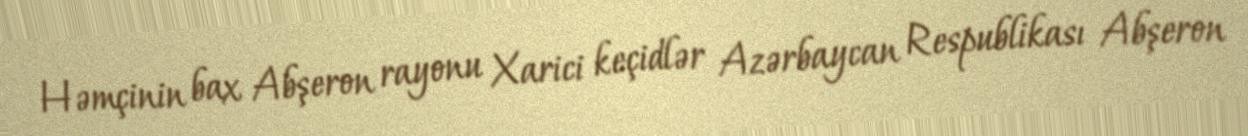
Həmçinin bax Abşeron rayonu Xarici keçidlər Azərbaycan Respublikası Abşeron